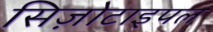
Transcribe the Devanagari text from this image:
सिज़ोटाइपल